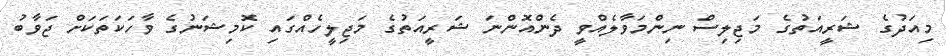
މިއަދުގެ ޝަރީއަތުގެ މަޖިލިސް ނިންމަވާލެއްވީ ދެންއޮންނަ ޝަރީއަތުގެ މަޖިލީހެއްގައި ކޮމިޝަނުގެ ވާހަކަތަކަށް ޖަވާބު